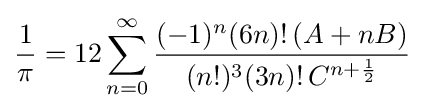
{\frac {1}{\pi }}=12\sum _{n=0}^{\infty }{\frac {(-1)^{n}(6n)!\,(A+nB)}{(n!)^{3}(3n)!\,C^{n+{\frac {1}{2}}}}}